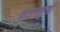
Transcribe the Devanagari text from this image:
बोटासारखी